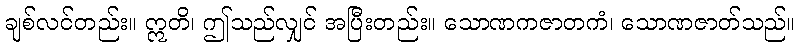
ချစ်လင်တည်း။ ဣတိ၊ ဤသည်လျှင် အပြီးတည်း။ သောဏကဇာတကံ၊ သောဏဇာတ်သည်။